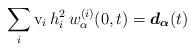
LaTeX: \begin{align*} \sum_{i} \mathrm{v}_i \, h_i^2\, w_{\alpha}^{(i)} (0,t) = \boldsymbol{d_{\alpha}}(t) \end{align*}